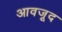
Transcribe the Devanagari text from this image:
आवजूद